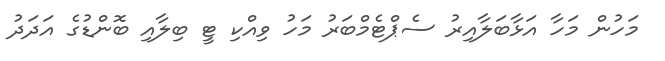
މަހުން މަހާ އަޅާބަލާއިރު ސެޕްޓެމްބަރު މަހު ވިއްކި ޓީ ބިލާއި ބޮންޑުގެ އަދަދު